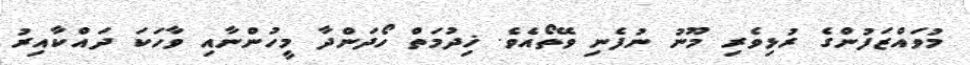
މުވައްޒަފުންގެ ރުޅިވެރި މޫނު ނުފެނި ވޭތޯއެވެ. ޚިދުމަތް ހޯދަންދާ މީހުންނާއި ވާހަކަ ދައްކާއިރު